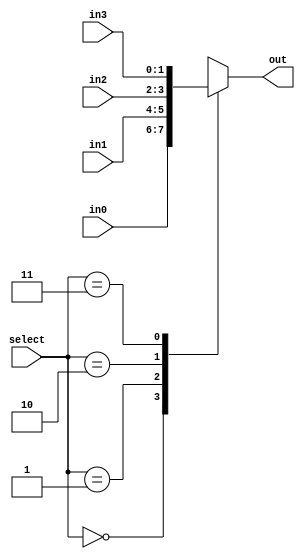
module Mux4to1
	#(parameter W = 2) (in0,in1,in2,in3,select,out);
	
	input wire [W-1:0] in0,in1,in2,in3;
	input wire [1:0] select;
	output reg [W-1:0] out;
	
	always @* begin
		case(select)
			2'b00: out=in0;
			2'b01: out=in1;
			2'b10: out=in2;
			2'b11: out=in3;
		endcase
	end
	
endmodule